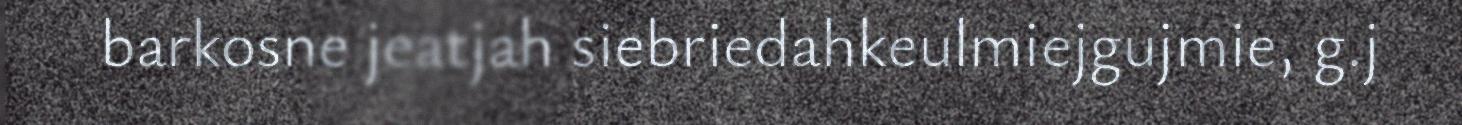
barkosne jeatjah siebriedahkeulmiejgujmie, g.j